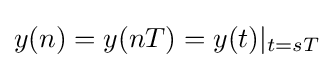
y(n)=y(nT)=y(t)|_{t=sT}